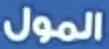
المول